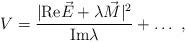
LaTeX: \begin{align*}V= { | {\rm Re}\vec E + \lambda \vec M|^2 \over {\rm Im} \lambda} + \dots \ ,\end{align*}